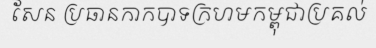
សែន ប្រធានកាកបាទក្រហមកម្ពុជាប្រគល់